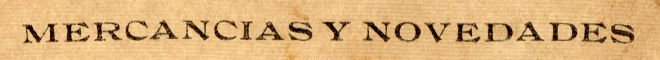
MERCANCIAS Y NOVEDADES